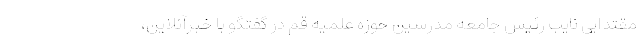
مقتدایی نایب رئیس جامعه مدرسین حوزه علمیه قم در گفتگو با خبرآنلاین،